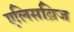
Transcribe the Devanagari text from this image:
एलिसब्रिज